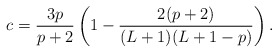
\begin{align*}c=\frac{3p}{p+2}\left(1-\frac{2(p+2)}{(L+1)(L+1-p)}\right).\end{align*}